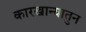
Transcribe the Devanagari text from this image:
कारखान्यातुन